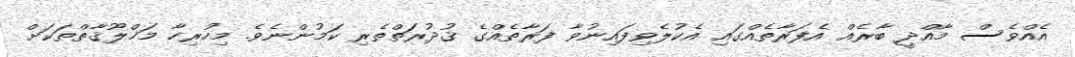
އެއްވެސް މާއްދީ ބާރެއް އެފަރާތެއްގައި އެކުލެވިފައިނުވާ ފަރާތެއްގެ ޤުދުރަތްތެރި ކަމުންނެވެ. މިހުރިހާ މަޚްލޫޤާތްތަކަށް